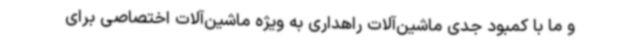
و ما با کمبود جدی ماشین‌آلات راهداری به ویژه ماشین‌آلات اختصاصی برای